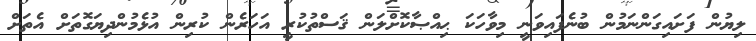
ލިޔުން ފަށައިގަންނަމުން ބުނެފައިވަނީ މިވާހަކަ ޙިއްޞާކޮށްލަން ޤަސްތުކުރީ އަހަރެން ކުރިން އުޅެމުންދިޔަގޮތަށް އެތަށް